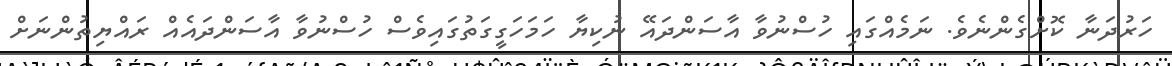
ހަރުދަނާ ކޮށްގެންނެވެ. ނަމެއްގައި ހުސްނުވާ އާސަންދައޭ ނުކިޔާ ހަމަހަގީގަތުގައިވެސް ހުސްނުވާ އާސަންދައެއް ރައްޔިތުންނަށް